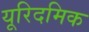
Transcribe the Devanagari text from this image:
यूरिदमिक